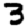
Digit: 3